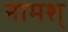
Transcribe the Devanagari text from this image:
नामश्